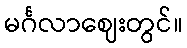
မင်္ဂလာဈေးတွင်။